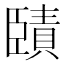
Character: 𦣱